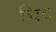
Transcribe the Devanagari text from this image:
चिद